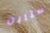
ستاين